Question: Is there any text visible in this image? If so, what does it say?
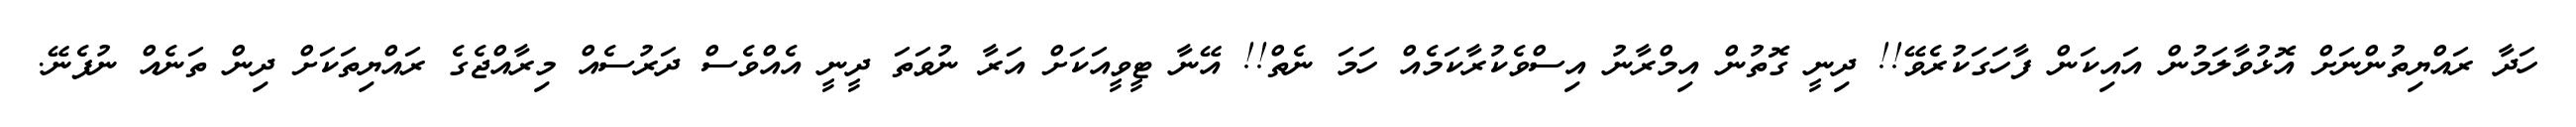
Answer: ހަދާ ރައްޔިތުންނަށް އޮޅުވާލަމުން އައިކަން ފާހަގަކުރެވޭ!! ދިނީ ގޮތުން އިމްރާނު އިސްވެކުރާކަމެއް ހަމަ ނެތް!! އޭނާ ޓީވީއަކަށް އަރާ ނުވަތަ ދީނީ އެއްވެސް ދަރުސެއް މިރާއްޖެގެ ރައްޔިތަކަށް ދިން ތަނެއް ނުފެނޭ.